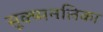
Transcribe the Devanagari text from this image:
सूक्ष्मनलिका